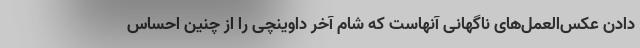
دادن عکس‌العمل‌های ناگهانی آنهاست که شام آخر داوینچی را از چنین احساس